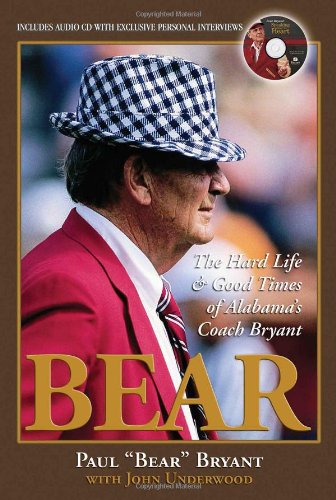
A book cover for Bear: My Hard Life & Good Times As Alabama's Head Coach with CD; Paul "Bear" Bryant; Sports & Outdoors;